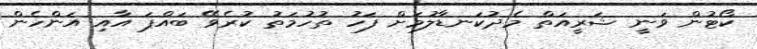
ކޯޓުން ވަނީ ޝަރީއަތް މެދުކަނޑާލުމަށް ފަހު ތުހުމަތު ކުރެވޭ ބައްޕަ އާއި އަންހެން